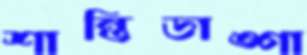
শান্তিডাঙ্গা